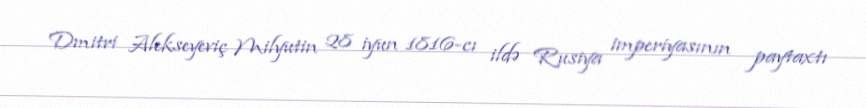
Dmitri Alekseyeviç Milyutin 28 iyun 1816-cı ildə Rusiya imperiyasının paytaxtı